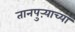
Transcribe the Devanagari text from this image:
तानपुऱ्याच्या